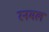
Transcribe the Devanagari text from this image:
रनमल